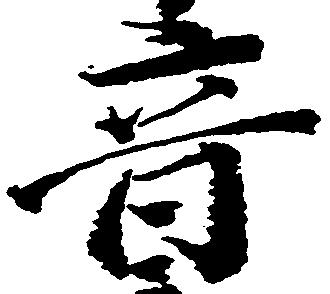
音